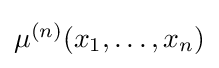
\textstyle \mu ^{(n)}(x_{1},\ldots ,x_{n})